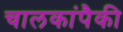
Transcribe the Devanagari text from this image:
चालकांपैकी